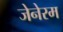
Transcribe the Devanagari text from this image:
जेनेरम